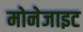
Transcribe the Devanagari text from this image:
मोनेजाइट